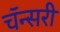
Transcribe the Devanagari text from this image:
चॅन्सरी